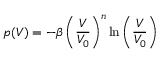
p ( V ) = - \beta \left( { \frac { V } { V _ { 0 } } } \right) ^ { n } \ln \left( { \frac { V } { V _ { 0 } } } \right)